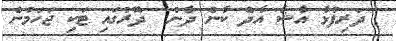
ދަރިފުޅާ އާޝާ އާދެ ކާން ދާން  ދޮރުގައި ޓަކި ޖަހަމުން